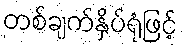
တစ်ချက်နှိပ်ရုံဖြင့်